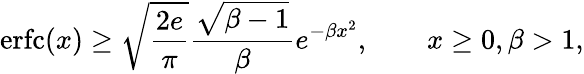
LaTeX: \operatorname{erfc}(x)\geq{\sqrt{\frac{2e}{\pi}}}{\frac{\sqrt{\beta-1}}{\beta}}e^{-\beta x^{2}},\qquad x\geq 0,\beta>1,